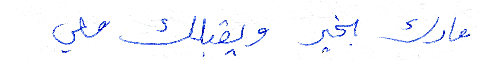
مارك بخير ويقبلك معي